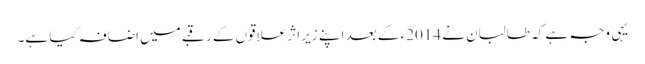
یہی وجہ ہے کہ طالبان نے 2014ء کے بعد اپنے زیرِ اثر علاقوں کے رقبے میں اضافہ کیا ہے۔